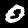
Digit: 0